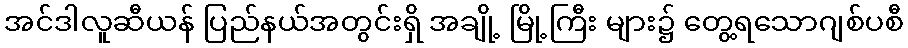
အင်ဒါလူဆီယန် ပြည်နယ်အတွင်းရှိ အချို့ မြို့ကြီး များ၌ တွေ့ရသောဂျစ်ပစီ